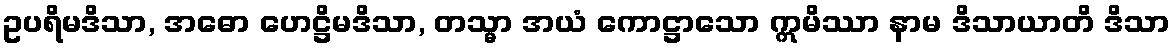
ဥပရိမဒိသာ, အဓော ဟေဋ္ဌိမဒိသာ, တသ္မာ အယံ ကောဋ္ဌာသော ဣမိဿာ နာမ ဒိသာယာတိ ဒိသာ